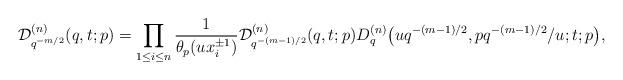
LaTeX: \begin{gather*}{\cal D}^{(n)}_{q^{-m/2}}(q,t;p)=\prod_{1\le i\le n} \frac{1}{\theta_p(u x_i^{\pm 1})}{\cal D}^{(n)}_{q^{-(m-1)/2}}(q,t;p)D^{(n)}_q\big(uq^{-(m-1)/2},pq^{-(m-1)/2}/u;t;p\big),\end{gather*}